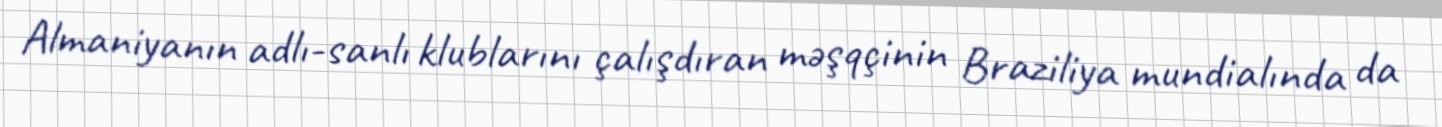
Almaniyanın adlı-sanlı klublarını çalışdıran məşqçinin Braziliya mundialında da